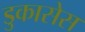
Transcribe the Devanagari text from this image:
डुकासेस